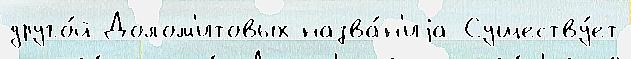
друго́й Долом'итовых назва́н'иjа Существу́ет